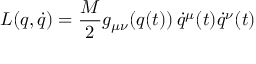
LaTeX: L ( q , \dot { q } ) = \frac { M } { 2 } g _ { \mu \nu } ( q ( t ) ) \, \dot { q } ^ { \mu } ( t ) \dot { q } ^ { \nu } ( t )